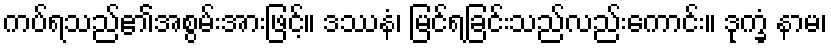
ကပ်ရသည်၏အစွမ်းအားဖြင့်။ ဒဿနံ၊ မြင်ရခြင်းသည်လည်းကောင်း။ ဒုက္ခံ နာမ၊